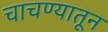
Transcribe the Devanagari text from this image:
चाचण्यातून